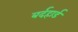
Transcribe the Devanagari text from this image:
बर्दहार्ड